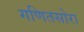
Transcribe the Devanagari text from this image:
गणितसोरा